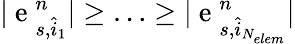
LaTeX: |\mathrm{~e~}_{s,\hat{i}_{1}}^{n}|\geq\ldots\geq|\mathrm{~e~}_{s,\hat{i}_{N_{elem}}}^{n}|